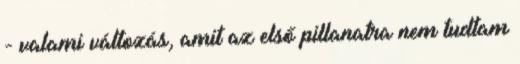
- valami változás, amit az első pillanatra nem tudtam